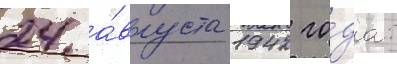
24 а́вгуста 1942 го́да: